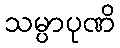
သမ္ပာပုဏိ